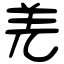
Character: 羌